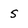
Character: 5